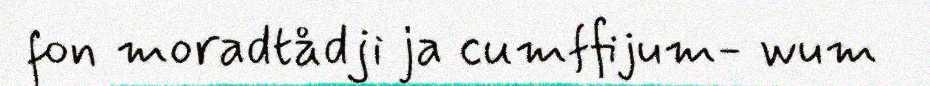
fon moradtådji ja cumffijum- wum